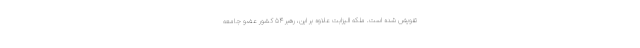
تفویض شده است. ملکه الیزابت علاوه بر این، رهبر ۵۴ کشور عضو جامعه